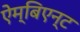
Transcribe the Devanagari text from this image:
ऐम्बिएन्ट